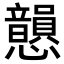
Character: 𢥫